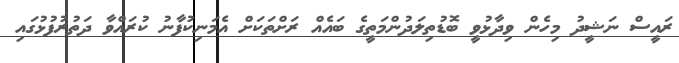
ރައީސް ނަޝީދު މިހެން ވިދާޅުވީ ބޮޑުތިލަދުންމަތީގެ ބައެއް ރަށްތަކަށް އެމަނިކުފާނު ކުރައްވާ ދަތުރުފުޅުގައި